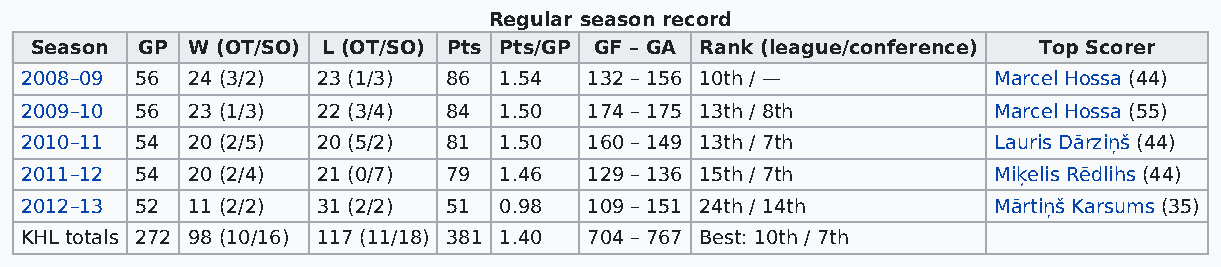
Regular season record
 Season GP W (OT/SO) L (OT/SO) Pts Pts/GP GF – GA Rank (league/conference) Top Scorer
 2008–09 56 24 (3/2) 23 (1/3) 86 1.54  132 – 156 10th / —         Marcel Hossa (44)
 2009–10 56 23 (1/3) 22 (3/4) 84 1.50  174 – 175 13th / 8th       Marcel Hossa (55)
 2010–11 54 20 (2/5) 20 (5/2) 81 1.50  160 – 149 13th / 7th       Lauris Dārziņš (44)
 2011–12 54 20 (2/4) 21 (0/7) 79 1.46  129 – 136 15th / 7th       Miķelis Rēdlihs (44)
 2012–13 52 11 (2/2) 31 (2/2) 51 0.98  109 – 151 24th / 14th      Mārtiņš Karsums (35)
 KHL totals 272 98 (10/16) 117 (11/18) 381 1.40 704 – 767 Best: 10th / 7th